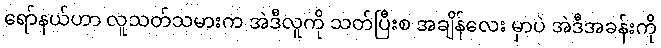
ရော်နယ်ဟာ လူသတ်သမားက အဲဒီလူကို သတ်ပြီးစ အချိန်လေး မှာပဲ အဲဒီအခန်းကို